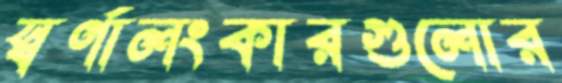
স্বর্ণালংকারগুলোর